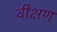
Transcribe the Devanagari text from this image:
वीक्षण